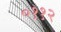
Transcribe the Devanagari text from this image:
०११२